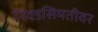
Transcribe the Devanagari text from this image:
निवडसिमतीवर